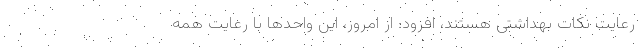
رعایت نکات بهداشتی هستند، افزود: از امروز، این واحد‌ها با رعایت همه